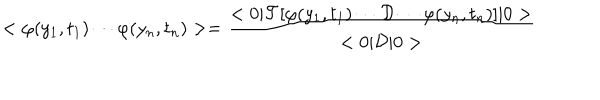
< \varphi ( y _ { 1 } , t _ { 1 } ) \cdots \varphi ( y _ { n } , t _ { n } ) > = \frac { < 0 | { \cal { T } } [ \varphi ( y _ { 1 } , t _ { 1 } ) \cdots { \cal { D } } \cdots \varphi ( y _ { n } , t _ { n } ) ] | 0 > } { < 0 | { \cal { D } } | 0 > }